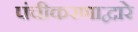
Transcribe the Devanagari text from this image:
पंचीकरणाद्वारे